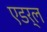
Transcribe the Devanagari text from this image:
एडर्ल